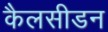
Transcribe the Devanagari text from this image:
कैलसीडन